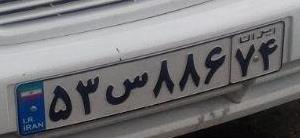
۵۳س۸۸۶۷۴